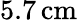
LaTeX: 5.7\, \mathrm{cm}